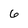
Character: 6